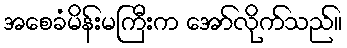
အစေခံမိန်းမကြီးက အော်လိုက်သည်။